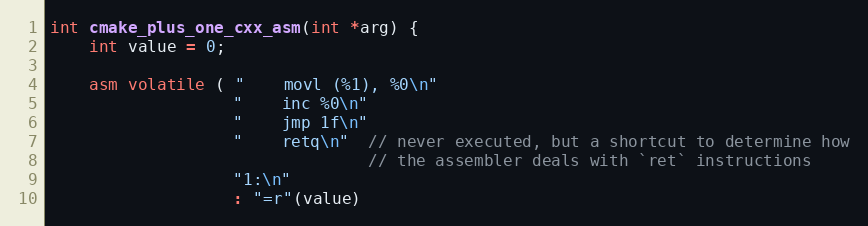
Language: C++
int cmake_plus_one_cxx_asm(int *arg) {
    int value = 0;

    asm volatile ( "    movl (%1), %0\n"
                   "    inc %0\n"
                   "    jmp 1f\n"
                   "    retq\n"  // never executed, but a shortcut to determine how
                                 // the assembler deals with `ret` instructions
                   "1:\n"
                   : "=r"(value)